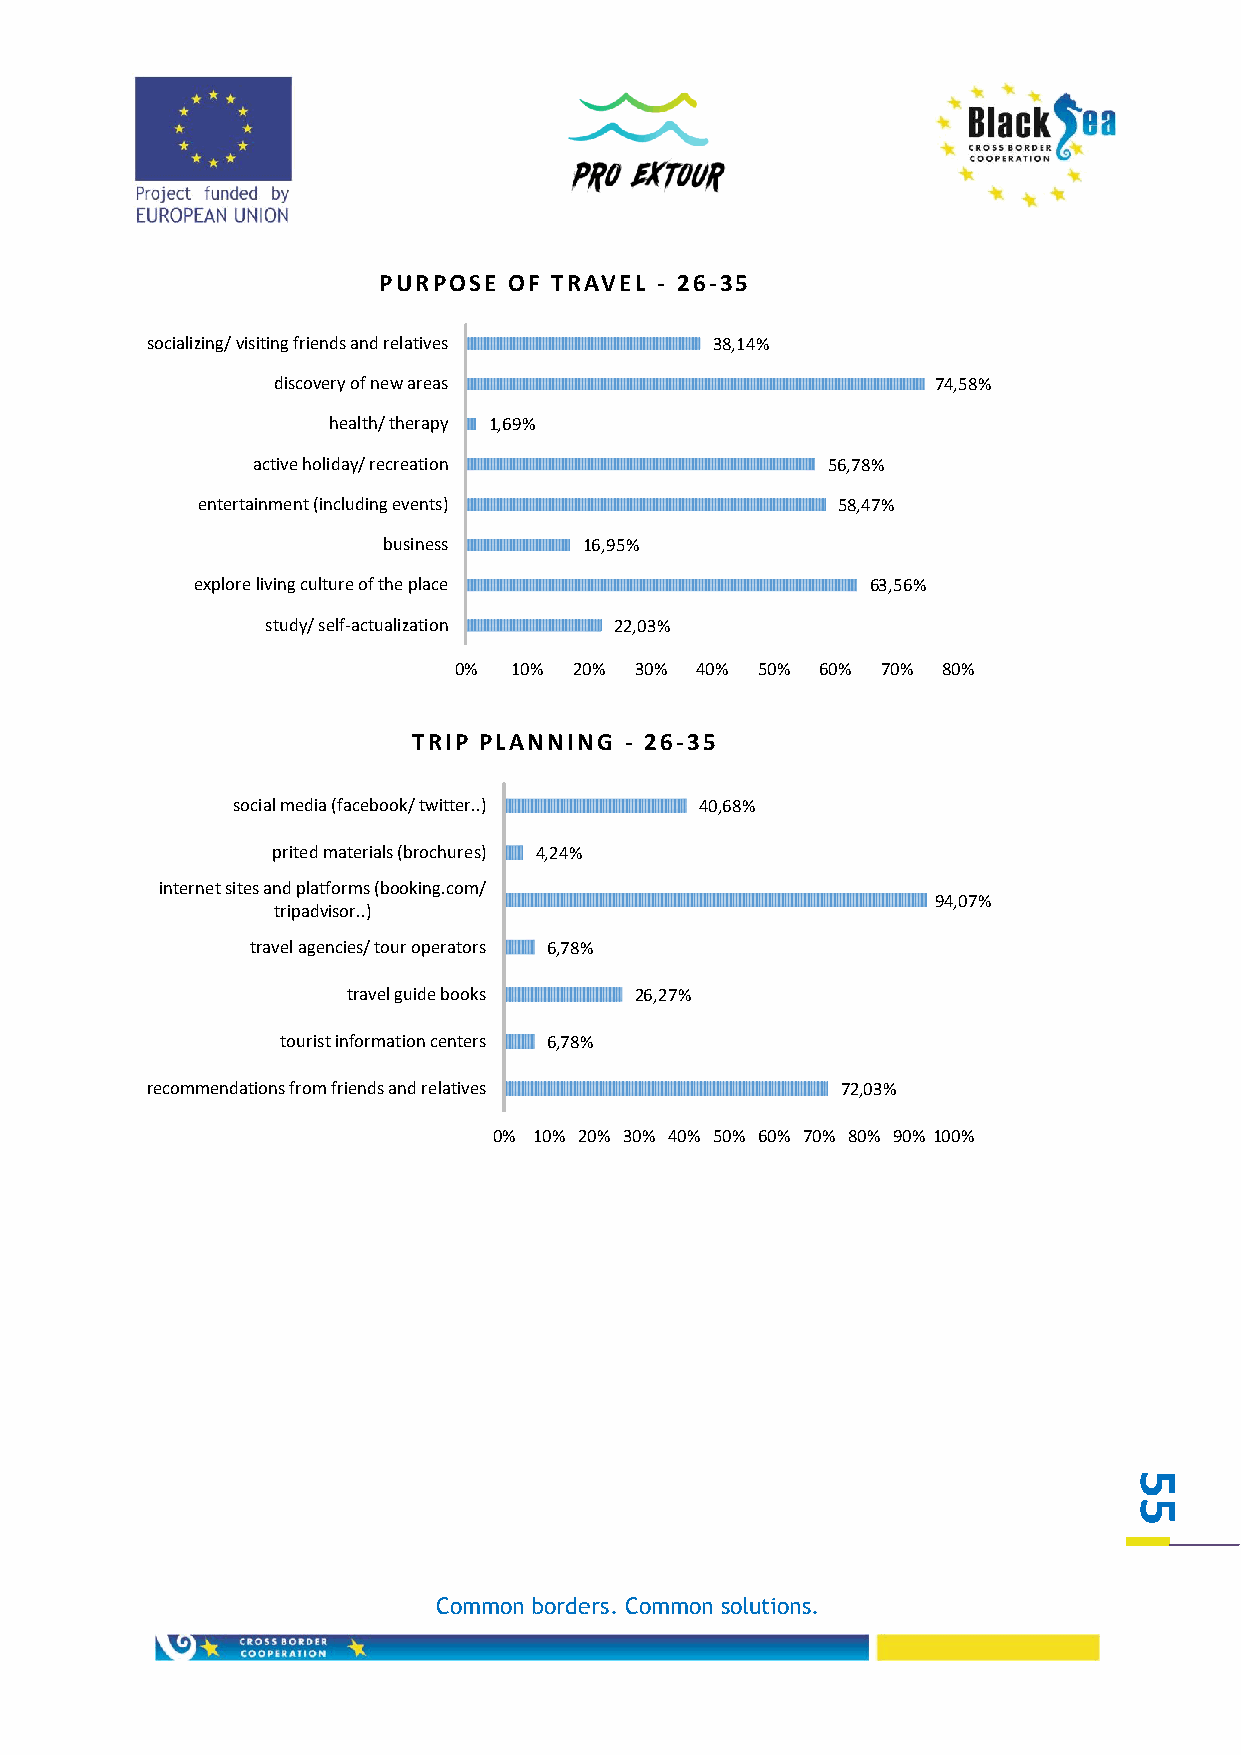
PURPOSE  OF TRAVEL - 26-35
 socializing/ visiting friends and relatives 38,14%
 discovery of new areas                      74,58%
 health/ therapy 1,69%
 active holiday/ recreation            56,78%
 entertainment (including events)          58,47%
 business      16,95%
 explore living culture of the place          63,56%
 study/ self-actualization 22,03%
 0%  10% 20% 30% 40% 50% 60% 70% 80%
 TRIP PLANNING - 26-35
 social media (facebook/ twitter..) 40,68%
 prited materials (brochures) 4,24%
 internet sites and platforms (booking.com/
 94,07%
 tripadvisor..)
 travel agencies/ tour operators 6,78%
 travel guide books 26,27%
 tourist information centers 6,78%
 recommendations from friends and relatives    72,03%
 0% 10% 20% 30% 40% 50% 60% 70% 80% 90% 100%
 5
 5
 Common borders. Common solutions.